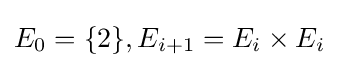
E_{0}=\{2\},E_{i+1}=E_{i}\times E_{i}